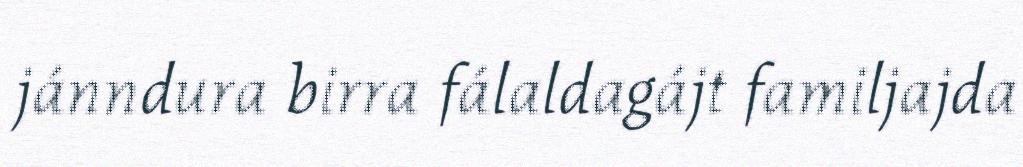
jánndura birra fálaldagájt familjajda